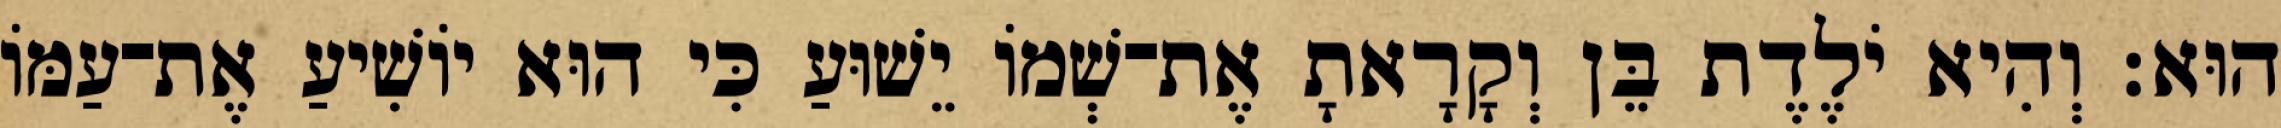
הוּא׃ וְהִיא יֹלֶדֶת בֵּן וְקָרָאתָ אֶת־שְׁמוֹ יֵשׁוּעַ כִּי הוּא יוֹשִׁיעַ אֶת־עַמּוֹ